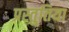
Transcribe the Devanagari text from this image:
प्रस्तुतिया